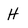
Character: H